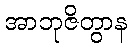
အာဘုဇိတွာန